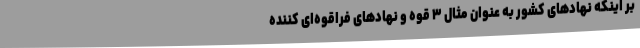
بر اینکه نهادهای کشور به عنوان مثال ۳ قوه و نهادهای فراقوه‌ای کننده